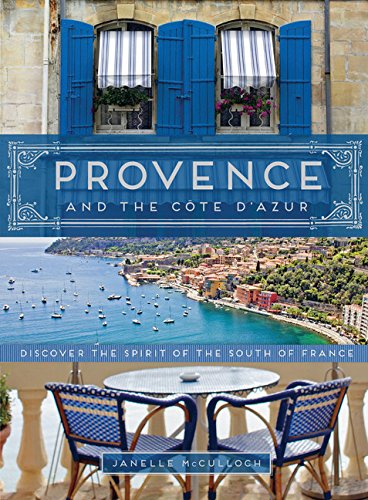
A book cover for Provence and the Cote d'Azur: Discover the Spirit of the South of France; Janelle McCulloch; Arts & Photography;